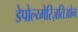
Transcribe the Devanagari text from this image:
डेपोल्य्मेरिज़तिओन